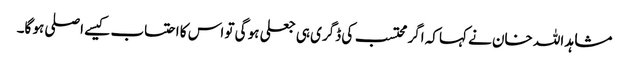
مشاہد اللہ خان نے کہا کہ اگر محتسب کی ڈگری ہی جعلی ہو گی تو اس کا احتساب کیسے اصلی ہو گا۔